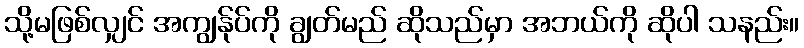
သို့မဖြစ်လျှင် အကျွန်ုပ်ကို ချွတ်မည် ဆိုသည်မှာ အဘယ်ကို ဆိုပါ သနည်း။